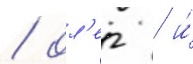
/ ол'ег / и́